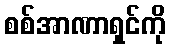
စစ်အာဏာရှင်ကို